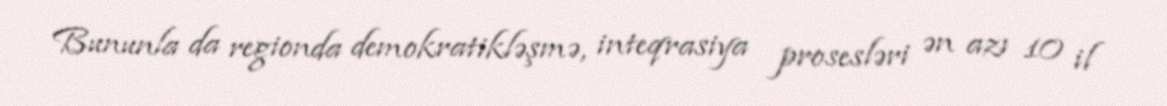
Bununla da regionda demokratikləşmə, inteqrasiya prosesləri ən azı 10 il